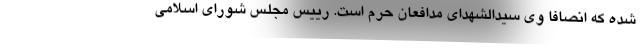
شده که انصافا وی سیدالشهدای مدافعان حرم است. رییس مجلس شورای اسلامی